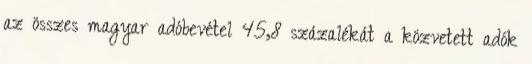
az összes magyar adóbevétel 45,8 százalékát a közvetett adók